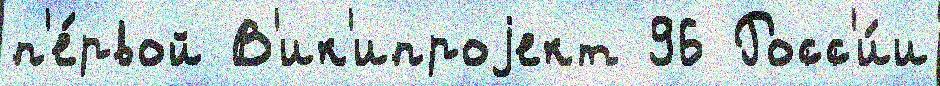
п'е́рвой В'ик'ипроjект 96 Росс'и́и